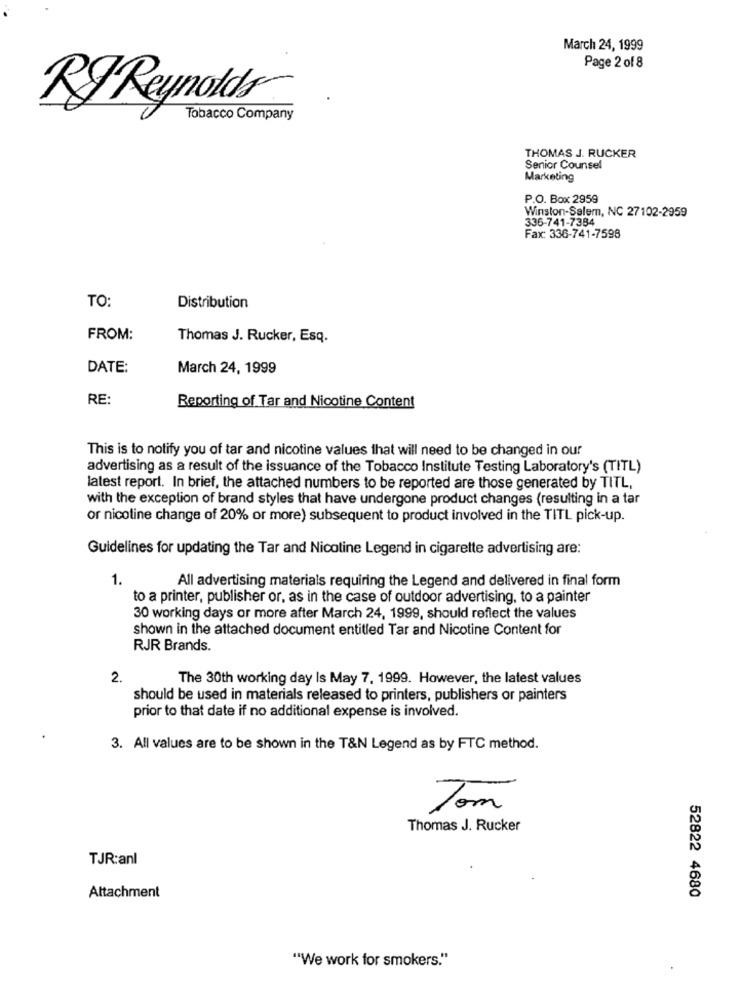
March 24, 1999
Page 2 of 8
RI Reynolds
Tobacco Company
THOMAS J. RUCKER
Senior Counsel
Marketing
P.O. Box 2959
Winston-Salem, NC 27102-2959
336-741-7384
Fax: 336-741-7598
TO:
Distribution
FROM:
Thomas J. Rucker, Esq.
DATE:
March 24, 1999
RE:
Reporting of Tar and Nicotine Content
This is to notify you of tar and nicotine values that will need to be changed in our
advertising as a result of the issuance of the Tobacco Institute Testing Laboratory's (TITL)
latest report. In brief, the attached numbers to be reported are those generated by TITL,
with the exception of brand styles that have undergone product changes (resulting in a tar
or nicotine change of 20% or more) subsequent to product involved in the TITL pick-up.
Guidelines for updating the Tar and Nicotine Legend in cigarette advertising are:
1.
All advertising materials requiring the Legend and delivered in final form
to a printer, publisher or, as in the case of outdoor advertising, to a painter
30 working days or more after March 24, 1999, should reflect the values
shown in the attached document entitled Tar and Nicotine Content for
RJR Brands.
2.
The 30th working day Is May 7, 1999. However, the latest values
should be used in materials released to printers, publishers or painters
prior to that date if no additional expense is involved.
3. All values are to be shown in the T&N Legend as by FTC method.
Tom
Thomas J. Rucker
TJR:anl
Attachment
52822 4680
"We work for smokers."